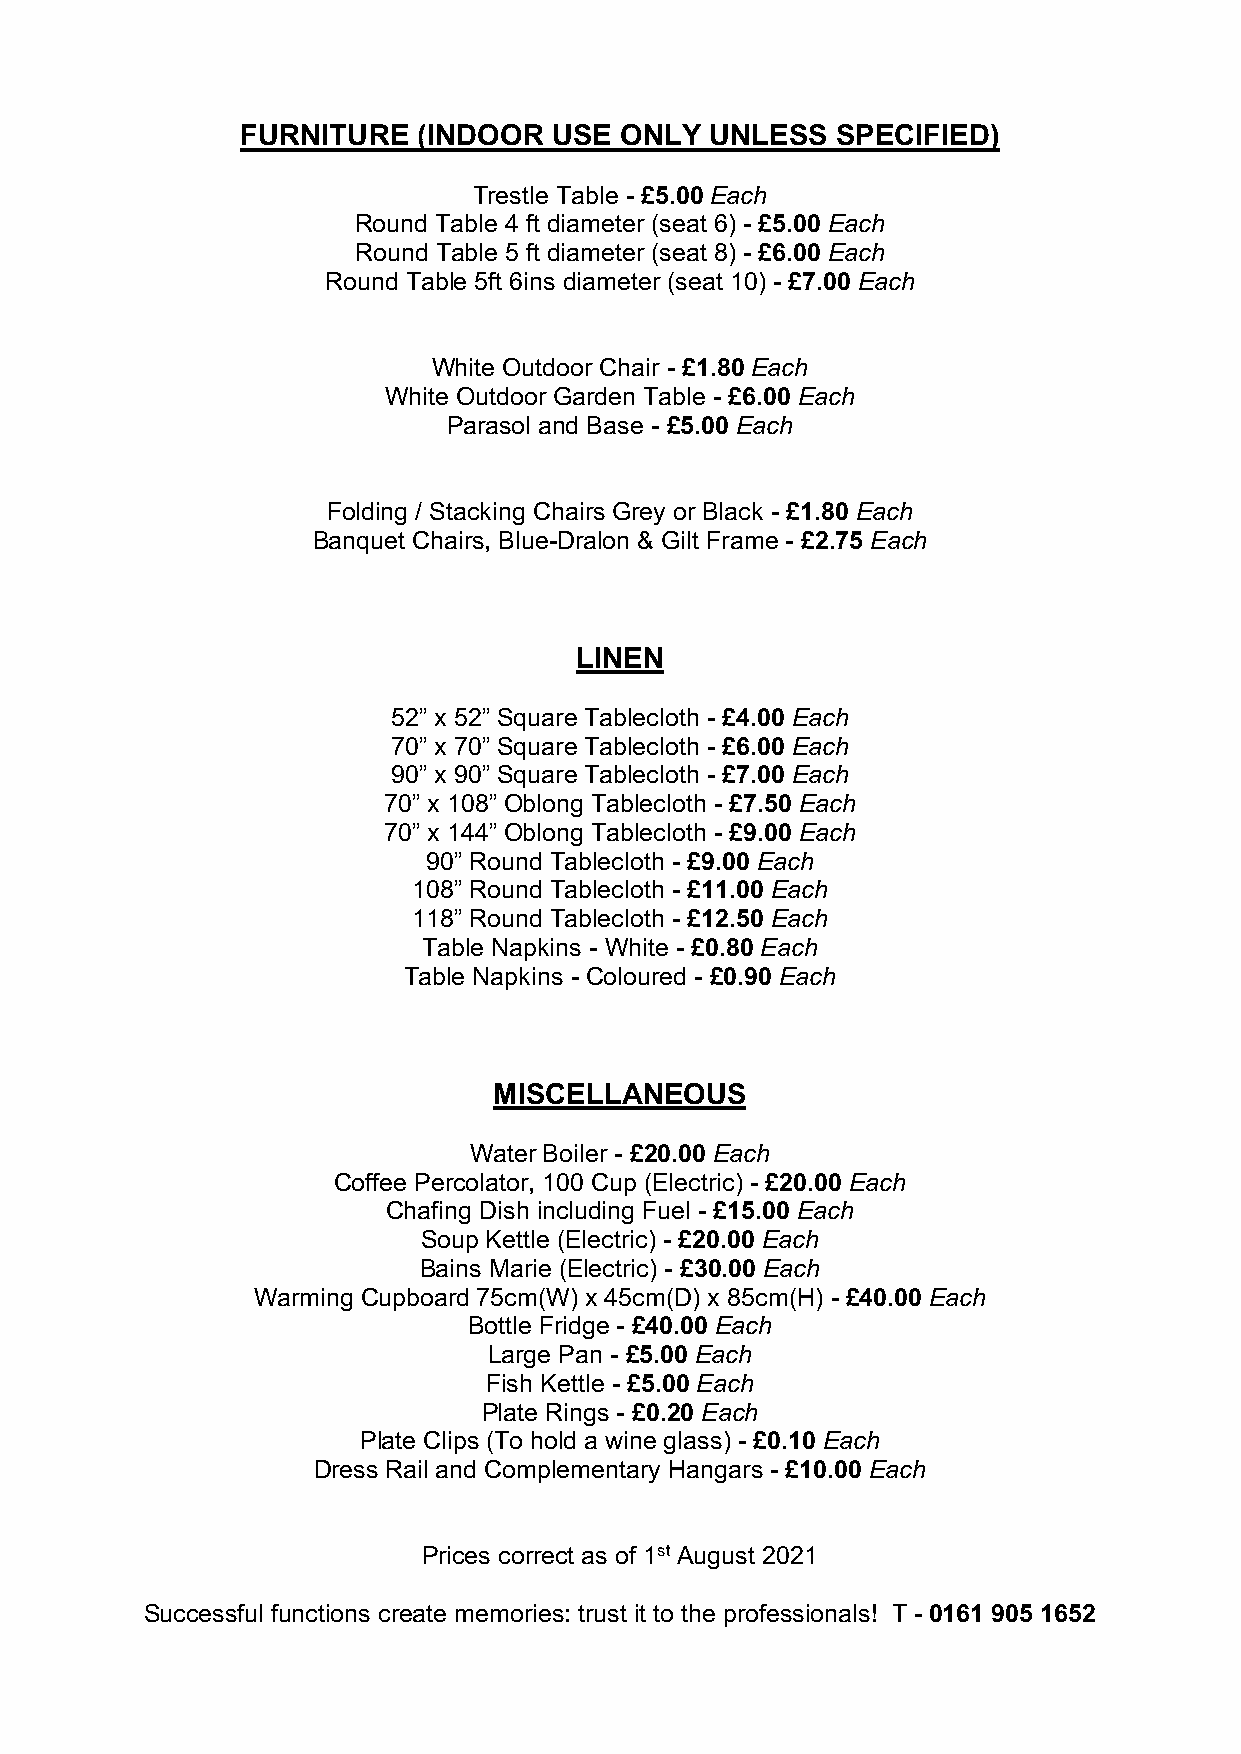
FURNITURE   (INDOOR  USE ONLY  UNLESS  SPECIFIED)
 Trestle Table - £5.00 Each
 Round Table 4 ft diameter (seat 6) - £5.00 Each
 Round Table 5 ft diameter (seat 8) - £6.00 Each
 Round Table 5ft 6ins diameter (seat 10) - £7.00 Each
 White Outdoor Chair - £1.80 Each
 White Outdoor Garden Table - £6.00 Each
 Parasol and Base - £5.00 Each
 Folding / Stacking Chairs Grey or Black - £1.80 Each
 Banquet Chairs, Blue-Dralon & Gilt Frame - £2.75 Each
 LINEN
 52” x 52” Square Tablecloth - £4.00 Each
 70” x 70” Square Tablecloth - £6.00 Each
 90” x 90” Square Tablecloth - £7.00 Each
 70” x 108” Oblong Tablecloth - £7.50 Each
 70” x 144” Oblong Tablecloth - £9.00 Each
 90” Round Tablecloth - £9.00 Each
 108” Round Tablecloth - £11.00 Each
 118” Round Tablecloth - £12.50 Each
 Table Napkins - White - £0.80 Each
 Table Napkins - Coloured - £0.90 Each
 MISCELLANEOUS
 Water Boiler - £20.00 Each
 Coffee Percolator, 100 Cup (Electric) - £20.00 Each
 Chafing Dish including Fuel - £15.00 Each
 Soup Kettle (Electric) - £20.00 Each
 Bains Marie (Electric) - £30.00 Each
 Warming Cupboard 75cm(W) x 45cm(D) x 85cm(H) - £40.00 Each
 Bottle Fridge - £40.00 Each
 Large Pan - £5.00 Each
 Fish Kettle - £5.00 Each
 Plate Rings - £0.20 Each
 Plate Clips (To hold a wine glass) - £0.10 Each
 Dress Rail and Complementary Hangars - £10.00 Each
 Prices correct as of 1st August 2021
 Successful functions create memories: trust it to the professionals! T - 0161 905 1652